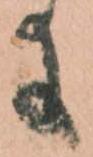
に